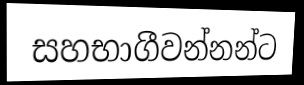
සහභාගීවන්නන්ට